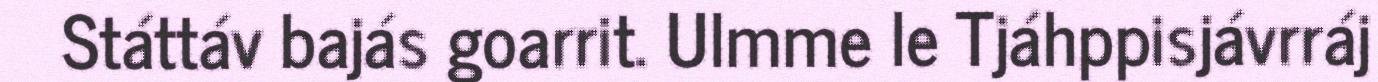
Státtáv bajás goarrit. Ulmme le Tjáhppisjávrráj